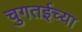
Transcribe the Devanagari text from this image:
चुगतईच्या